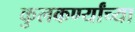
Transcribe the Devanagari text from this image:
कुलकर्ण्यांच्या